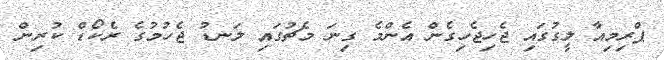
ޕްރިމިއާ ލީގުގައި ޖެހިޖެހިގެން އެންމެ ގިނަ މެޗުގައި ލަނޑު ޖެހުމުގެ ރެކޯޑް ކުރިން